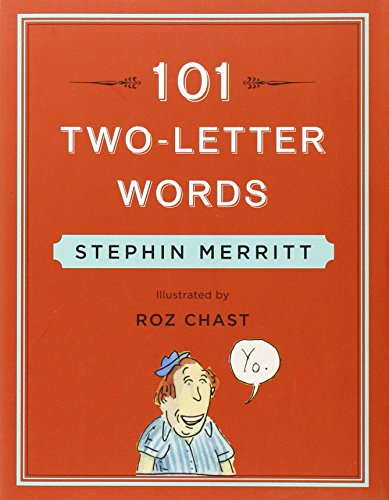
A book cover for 101 Two-Letter Words; Stephin Merritt; Humor & Entertainment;